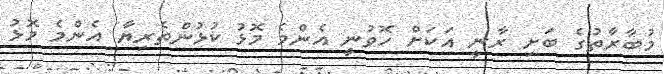
މުބާރާތުގެ ބަށި ރާނީ އަކަށް ހޮވުނީ އެންމެ މޮޅު ކުޅުންތެރިޔާ އެންމެ މޮޅު